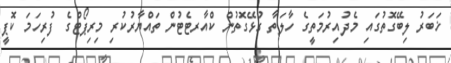
ޚަބަރު ލިބޭގޮތުގައި މެދުއިރުމަތީގެ ހާލަތާ ގުޅޭގޮތުން ކްއާރޓެޓުން ތައްޔާރުކުރި މިރިޕޯޓްގެ ފުރިހަމަ ކޮޕީ